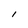
Character: l